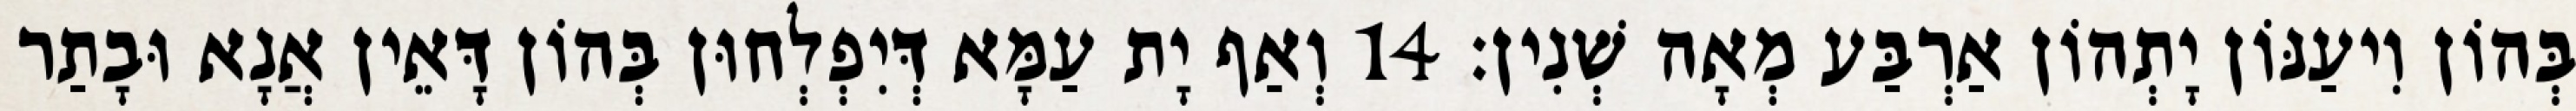
בְּהוֹן וִיעַנּוֹן יָתְהוֹן אַרְבַּע מְאָה שְׁנִין׃ 14 וְאַף יָת עַמָּא דְּיִפְלְחוּן בְּהוֹן דָּאֵין אֲנָא וּבָתַר